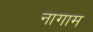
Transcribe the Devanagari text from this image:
नागाम